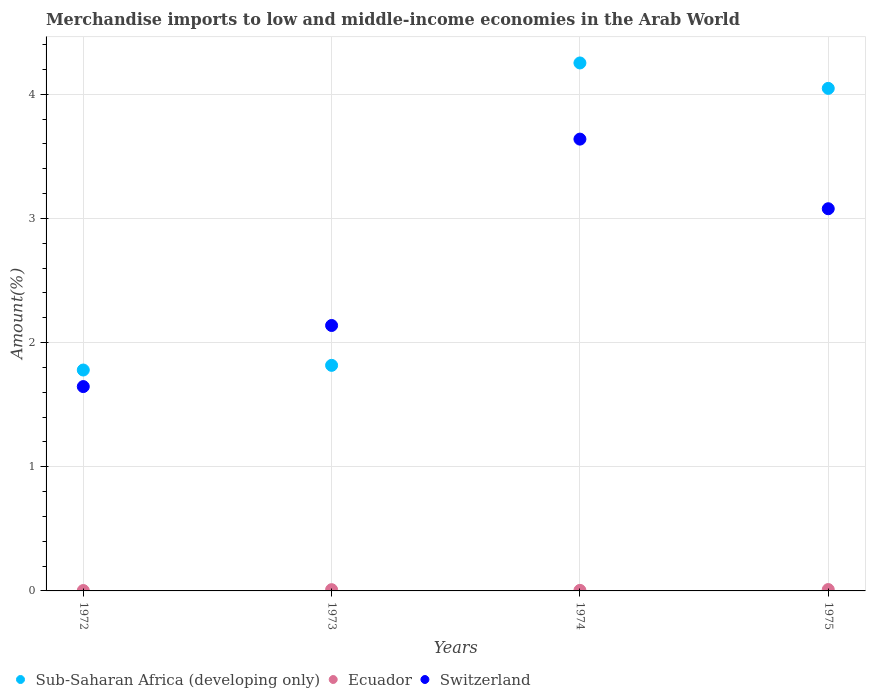
| Years | Sub-Saharan Africa (developing only) | Ecuador | Switzerland |
 | --- | --- | --- | --- |
 | 1972 | 1.78 | 0.00314 | 1.65 |
 | 1973 | 1.82 | 0.0101 | 2.14 |
 | 1974 | 4.25 | 0.00442 | 3.64 |
 | 1975 | 4.05 | 0.011 | 3.08 |